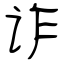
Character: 诈